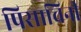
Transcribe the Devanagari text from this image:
पिसाचिनी